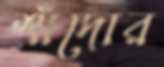
শাঁদোর